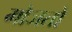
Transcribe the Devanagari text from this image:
मोजतो